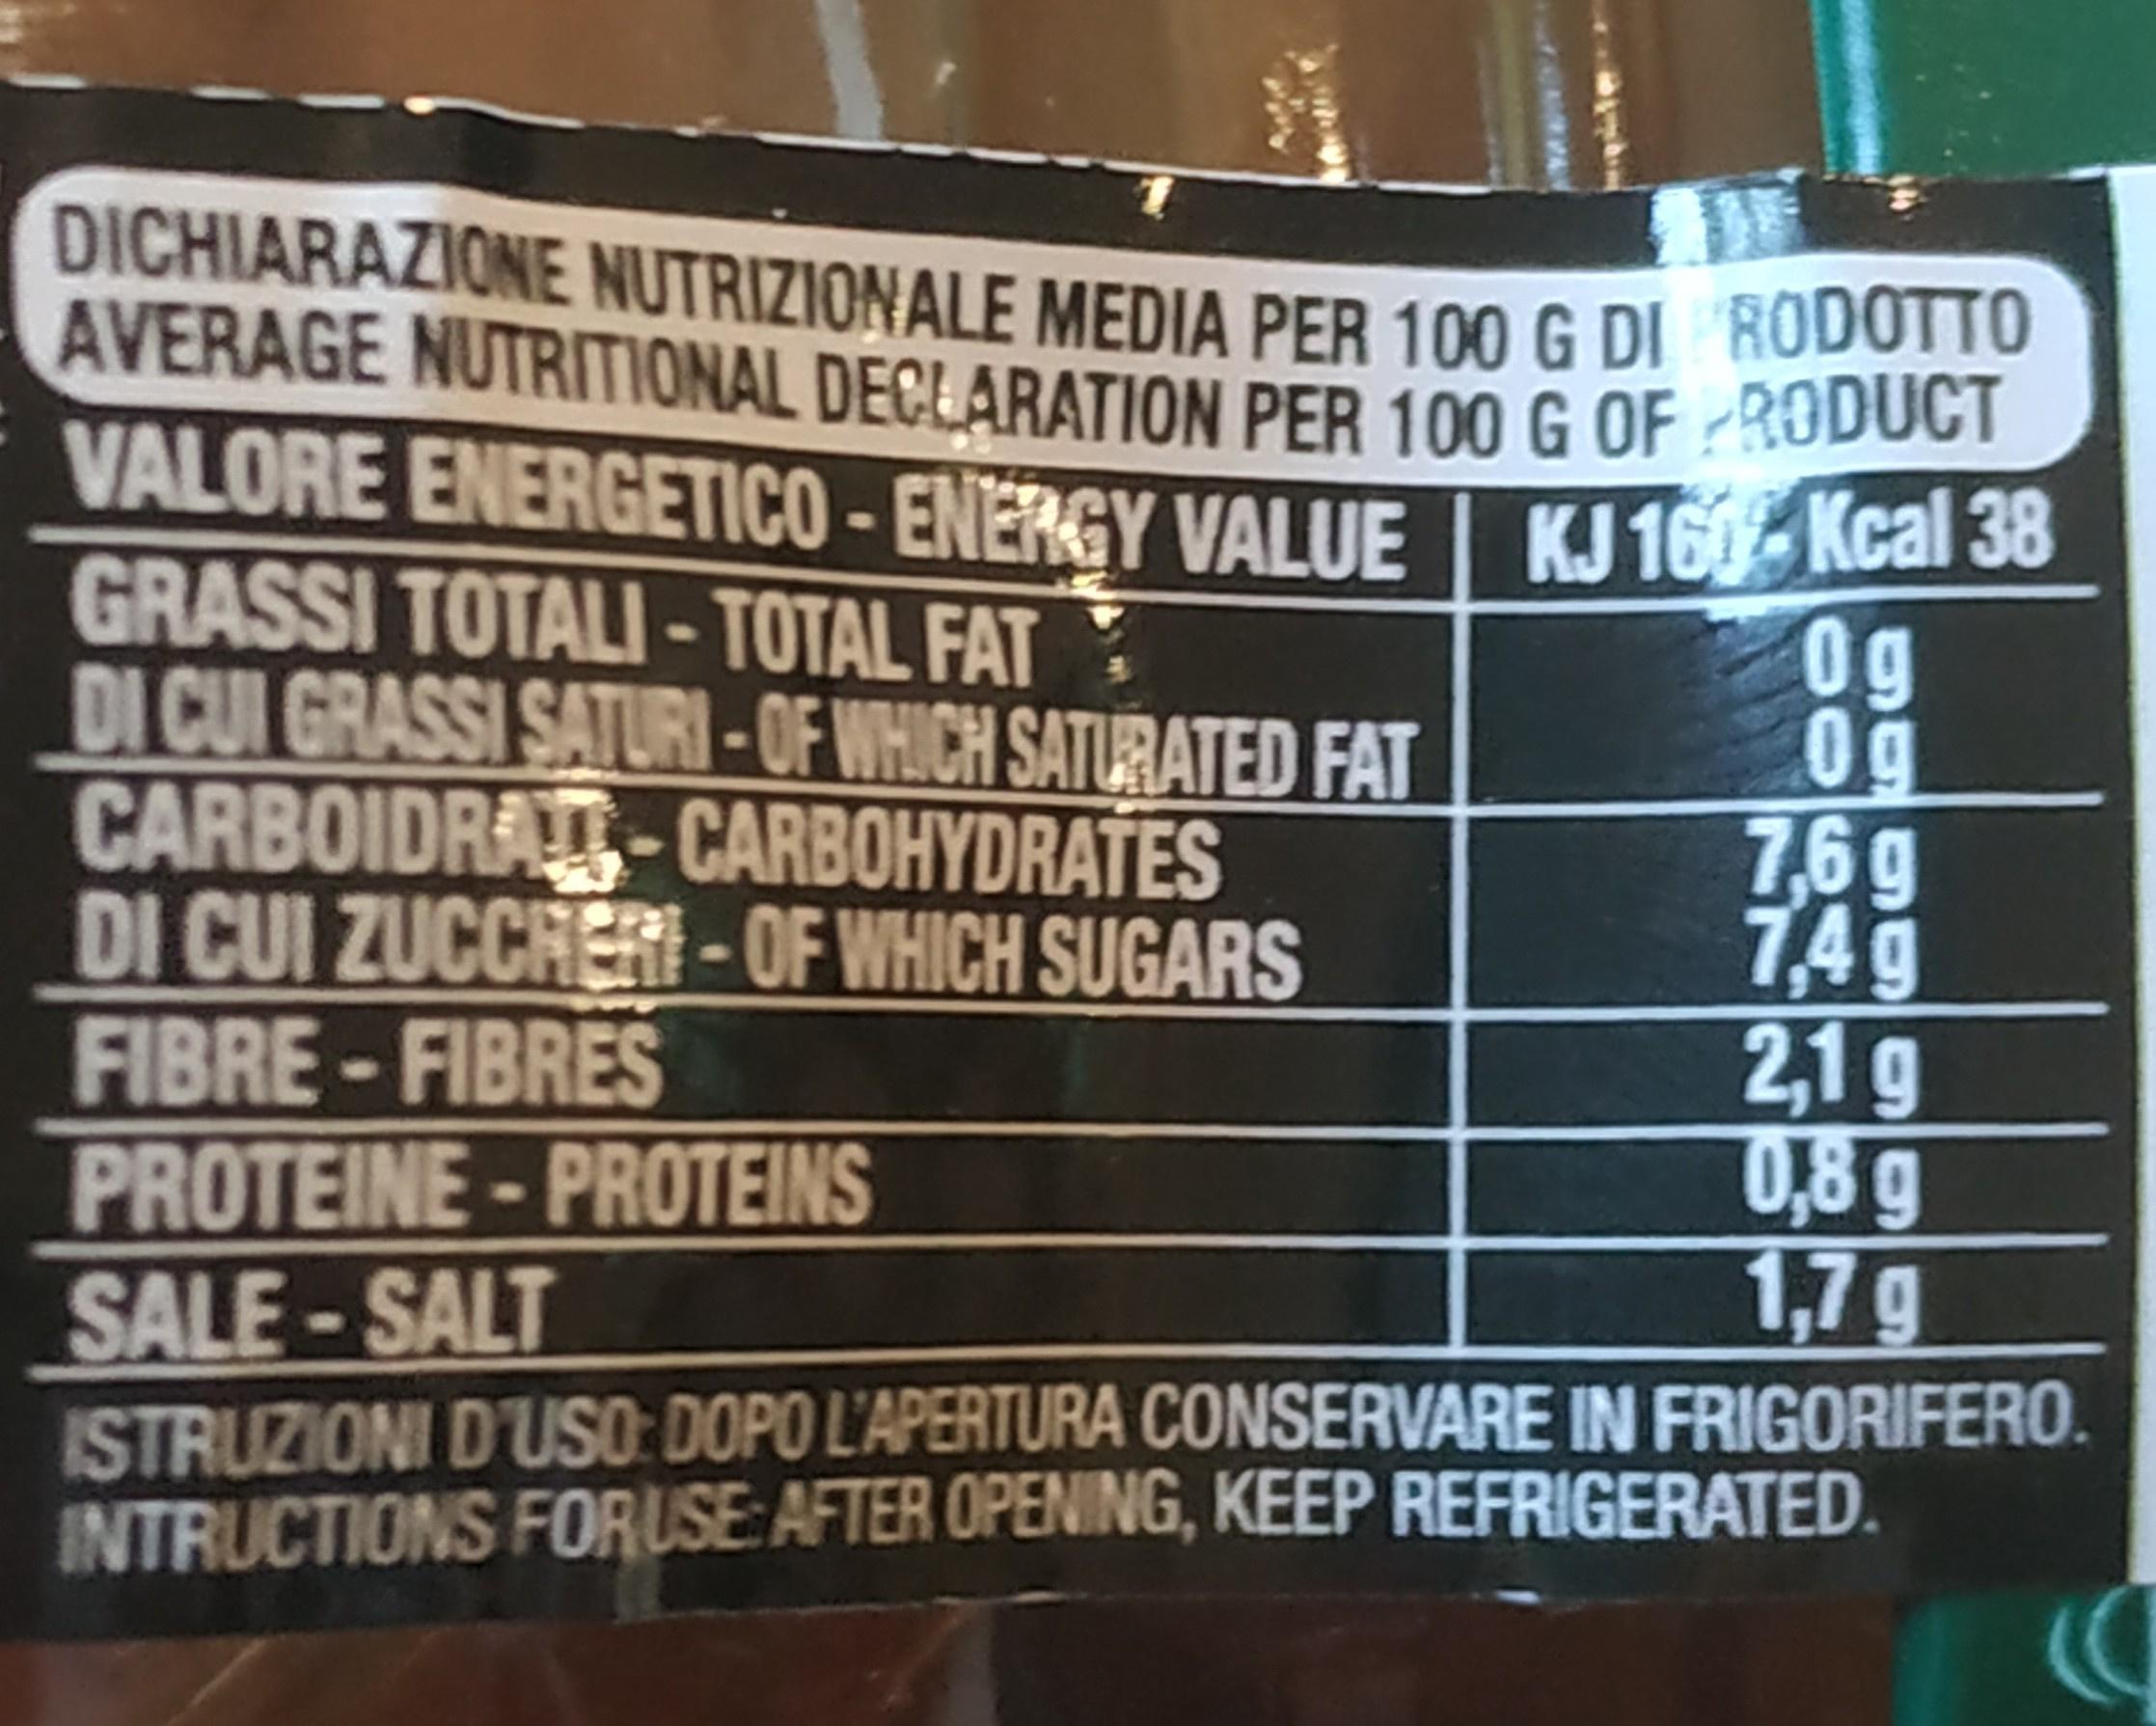
DICHIARAZIONE NUTRIZIONALE MEDIA PER 100 G DI RODOTTO AVERAGE NUTRITIONAL DECLARATION PER 100 G OF :RODUCT VALORE ENERGETICO -ENERGY VALUE I KJ 160 Kcal 38 GRASSI TOTALI- TOTAL FAT DI CUI GRASSI SATURI-OF WHICH SATURATED FAT CARBOIDRA-CARBOHYDRATES DI CUI ZUCCRER- OF WHICH SUGARS FIBRE-FIBRES PROTEINE-PROTEINS SALE-SALT ISTRUZIONI D'USO: DOPO L'APERTURA CONSERVARE IN FRIGORIFERO. INTRUCTIONS FORUSE: AFTER OPENING, KEEP REFRIGERATED.
1831
0g 0g 7,6g 7,4g 2,1g 0,8g 1,7g